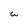
Character: w